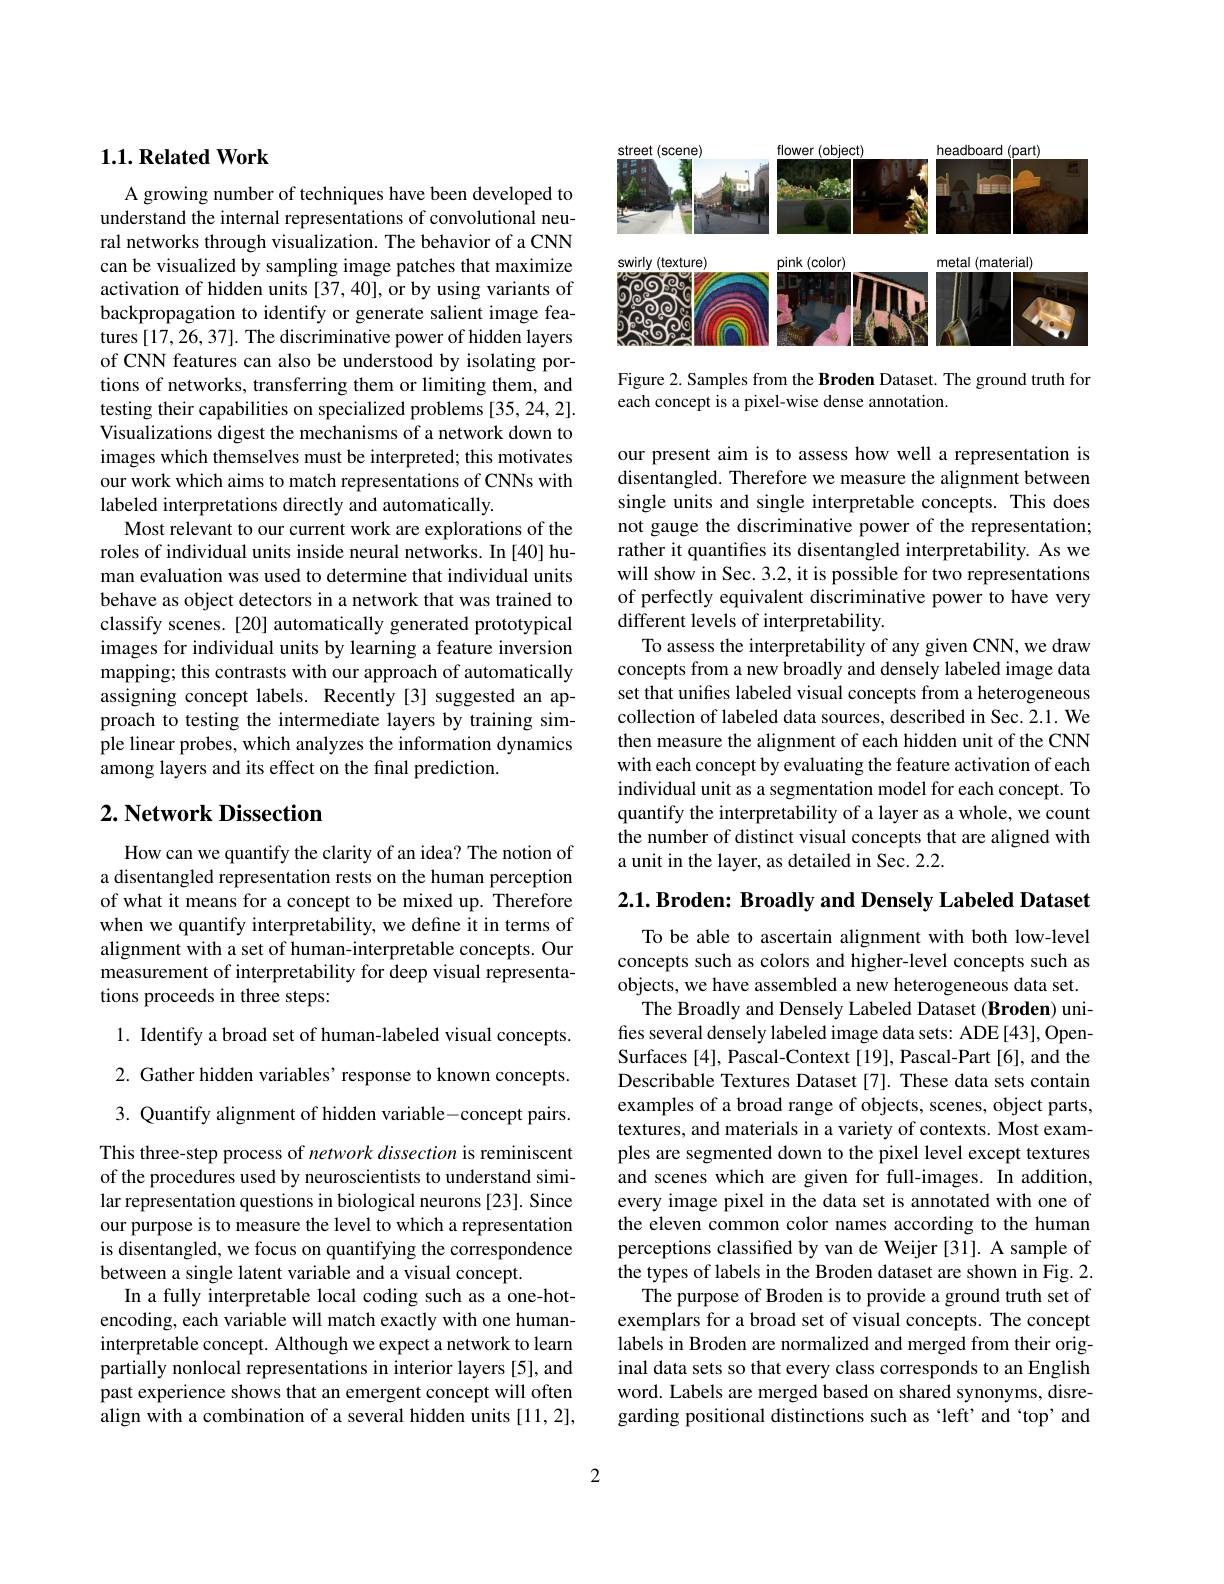
## $1. 1. \textbf{Related Work}$

A growing number of techniques have been developed to understand the internal representations of convolutional neural networks through visualization. The behavior of a CNN can be visualized by sampling image patches that maximize activation of hidden units [37,40], or by using variants of backpropagation to identify or generate salient image features [17,26,37]. The discriminative power of hidden layers of CNN features can also be understood by isolating portions of networks, transferring them or limiting them, and testing their capabilities on specialized problems [35,24,2]. Visualizations digest the mechanisms of a network down to images which themselves must be interpreted; this motivates our work which aims to match representations of CNNs with labeled interpretations directly and automatically.
Most relevant to our current work are explorations of the roles of individual units inside neural networks. In [40] human evaluation was used to determine that individual units behave as object detectors in a network that was trained to classify scenes. [20] automatically generated prototypical images for individual units by learning a feature inversion mapping; this contrasts with our approach of automatically assigning concept labels. Recently [3] suggested an approach to testing the intermediate layers by training simple linear probes, which analyzes the information dynamics among layers and its effect on the final prediction.

## $2. \textbf{ Network Dissection}$

How can we quantify the clarity of an idea? The notion of a disentangled representation rests on the human perception of what it means for a concept to be mixed up. Therefore when we quantify interpretability, we define it in terms of alignment with a set of human-interpretable concepts. Our measurement of interpretability for deep visual representations proceeds in three steps:
1. Identify a broad set of human-labeled visual concepts. 2. Gather hidden variables' response to known concepts. 3. Quantify alignment of hidden variable-concept pairs. This three-step process of network dissection is reminiscent of the procedures used by neuroscientists to understand similar representation questions in biological neurons [23]. Since our purpose is to measure the level to which a representation is disentangled, we focus on quantifying the correspondence between a single latent variable and a visual concept.
In a fully interpretable local coding such as a one-hotencoding, each variable will match exactly with one humaninterpretable concept. Although we expect a network to learn partially nonlocal representations in interior layers [5], and past experience shows that an emergent concept will often align with a combination of a several hidden units [11,2],

<FigureHere>

Figure 2. Samples from the Broden Dataset. The ground truth for
each concept is a pixel-wise dense annotation.

our present aim is to assess how well a representation is disentangled. Therefore we measure the alignment between single units and single interpretable concepts. This does not gauge the discriminative power of the representation; rather it quantifes its disentangled interpretability. As we will show in Sec. 3.2, it is possible for two representations of perfectly equivalent discriminative power to have very different levels of interpretability.
To assess the interpretability of any given CNN, we draw concepts from a new broadly and densely labeled image data set that unifies labeled visual concepts from a heterogeneous collection of labeled data sources, described in Sec. 2.1. We then measure the alignment of each hidden unit of the CNN with each concept by evaluating the feature activation of each individual unit as a segmentation model for each concept. To quantify the interpretability of a layer as a whole, we count the number of distinct visual concepts that are aligned with a unit in the layer, as detailed in Sec. 2.2.

$2. 1. \textbf{ Broden: Broadly and Densely Labeled Dataset}$

To be able to ascertain alignment with both low-level concepts such as colors and higher-level concepts such as objects, we have assembled a new heterogeneous data set.
The Broadly and Densely Labeled Dataset (Broden) unifies several densely labeled image data sets: ADE [43], OpenSurfaces [4], Pascal-Context [19], Pascal-Part [6], and the Describable Textures Dataset [7]. These data sets contain examples of a broad range of objects, scenes, object parts, textures, and materials in a variety of contexts. Most examples are segmented down to the pixel level except textures and scenes which are given for full-images. In addition, every image pixel in the data set is annotated with one of the eleven common color names according to the human perceptions classified by van de Weijer [31]. A sample of the types of labels in the Broden dataset are shown in Fig. 2.
The purpose of Broden is to provide a ground truth set of exemplars for a broad set of visual concepts. The concept labels in Broden are normalized and merged from their original data sets so that every class corresponds to an English word. Labels are merged based on shared synonyms, disregarding positional distinctions such as 'left' and 'top' and

2